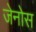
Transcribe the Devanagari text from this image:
जेनोस